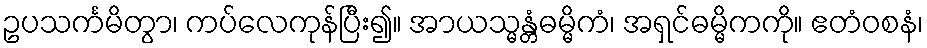
ဥပသင်္ကမိတွာ၊ ကပ်လေကုန်ပြီး၍။ အာယသ္မန္တံဓမ္မိကံ၊ အရှင်ဓမ္မိကကို။ ဧတံဝစနံ၊